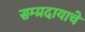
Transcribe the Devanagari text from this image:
सम्प्रदायाचे